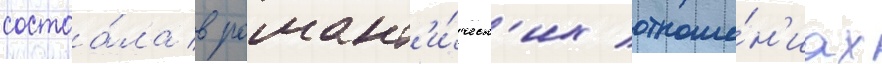
состоа́ла в романт'и́ческ'их отноше́н'иах